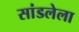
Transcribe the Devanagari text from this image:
सांडलेला